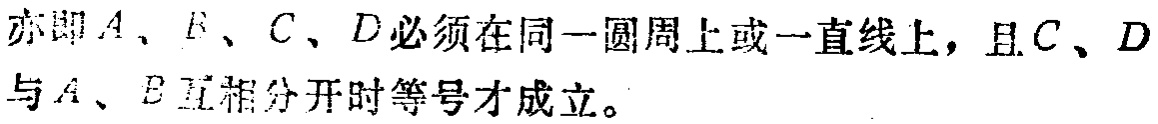
亦即 \(A\)、\(B\)、\(C\)、\(D\)必须在同一圆周上或一直线上，且 \(C\)、\(D\)与 \(A\)、\(B\)互相分开时等号才成立。